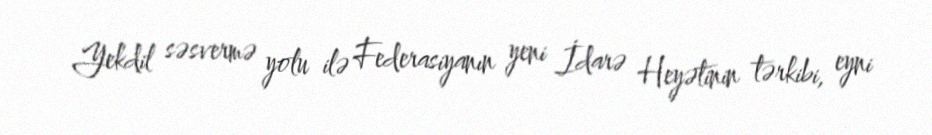
Yekdil səsvermə yolu ilə Federasiyanın yeni İdarə Heyətinin tərkibi, eyni